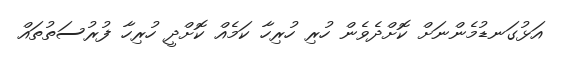
އަޅުގަނޑުމެންނަށް ކޮށްދެވެން ހުރި ހުރިހާ ކަމެއް ކޮށްދީ ހުރިހާ ފުރުސަތުތައް